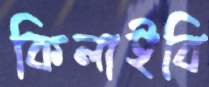
কিলাইবি